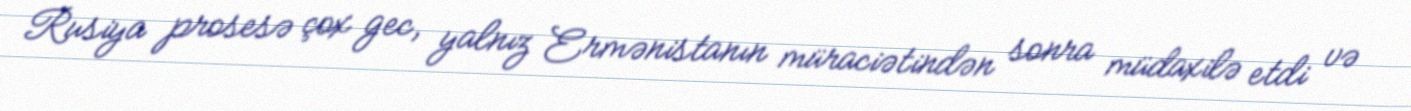
Rusiya prosesə çox gec, yalnız Ermənistanın müraciətindən sonra müdaxilə etdi və